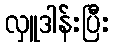
လှူဒါန်းပြီး